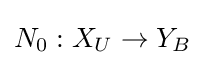
N_{0}:X_{U}\to Y_{B}